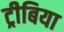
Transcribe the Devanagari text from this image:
ट्रीबिया